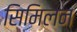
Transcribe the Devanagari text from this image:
सिमिलन